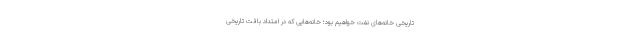
تاریخیِ خانه‌های نفت خواهیم بود؛ خانه‌هایی که در امتداد بافت تاریخی